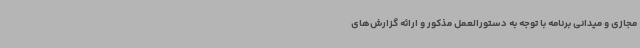
مجازی و میدانی برنامه با توجه به دستورالعمل مذکور و ارائه گزارش‌های